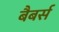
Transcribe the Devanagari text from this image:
बैबर्स